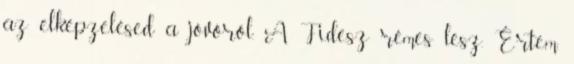
az elképzelésed a jövőről. A Fidesz rémes lesz. Értem.